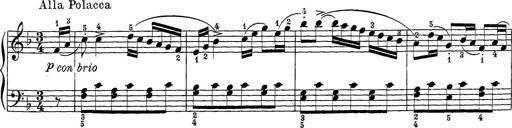
Title: 12 Sonatine per Pianoforte
Composer: Friedrich Kuhlau